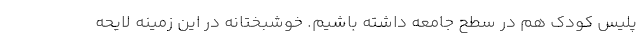
پلیس کودک هم در سطح جامعه داشته باشیم. خوشبختانه در این زمینه لایحه